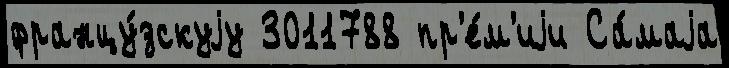
францу́зскуjу 3011788 пр'е́м'иjи Са́маjа